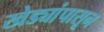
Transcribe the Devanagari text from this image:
खेड्यांपासून